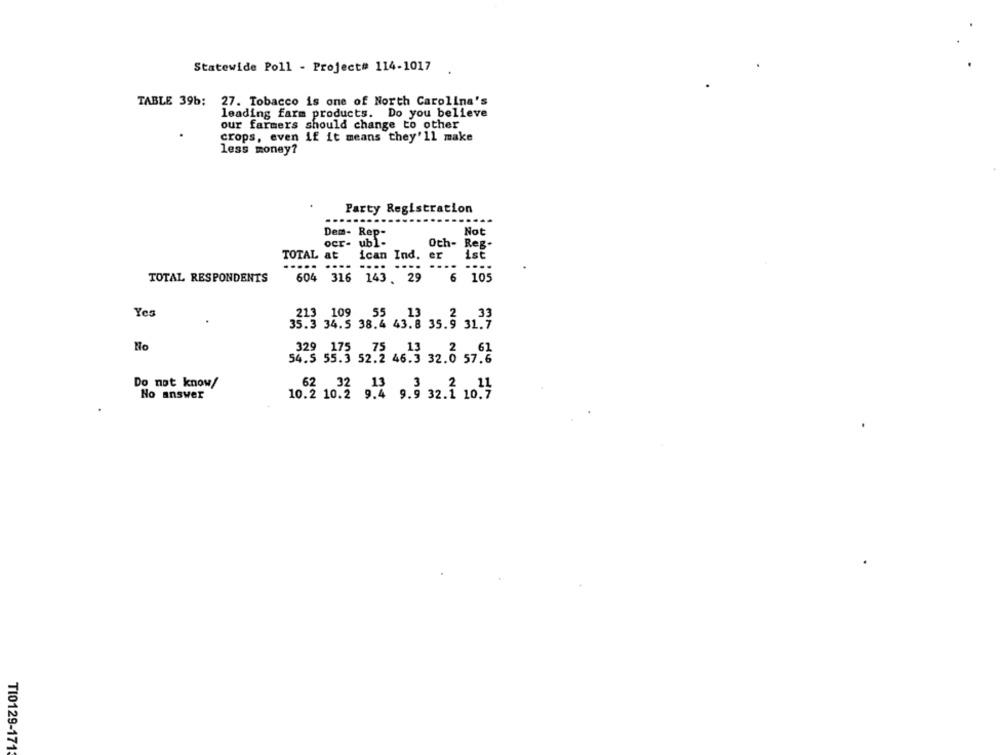
Statewide Poll - Project# 114-1017
TABLE 39b: 27. Tobacco is one of North Carolina's
leading farm products. Do you believe
our farmers should change to other
crops, even if it means they'll make
less money?
Party Registration
....
Dem- Rep-
Not
ocr- ubl-
Och- Reg.
TOTAL at
..... ....
ican Ind. er
TOTAL RESPONDENTS
604 316 143. 29
6
i 105
Yes
213 109
35.3 34.5 38.4 4
55 43. 8 35.9 32.7
Ho
329 175
54.5 55.3 52.2 46.3 32.0 57.6
Do not know/
62 32
No answer
10.2 10.2 9.4 9.9 32.1 1011
TI0129-171